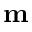
\mathbf { m }